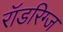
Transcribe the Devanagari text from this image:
रॉडरिग्ज